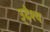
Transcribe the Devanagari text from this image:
उ्देश्य